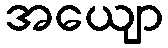
အယျော